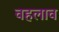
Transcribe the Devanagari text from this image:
वहलाव